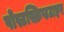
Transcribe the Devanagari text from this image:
पोस्टस्क्रिप्टटाइप